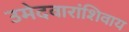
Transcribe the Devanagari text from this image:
उमेदवारांशिवाय